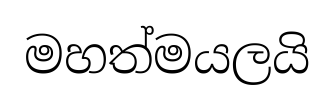
මහත්මයලයි